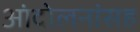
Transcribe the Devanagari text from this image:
आंदोलनांसह